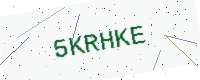
Text: 5KRHKE